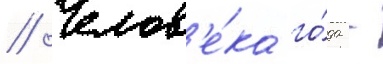
// Челов'е́ка го́да -